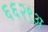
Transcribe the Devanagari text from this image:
६६२९अ